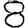
Digit: 8